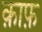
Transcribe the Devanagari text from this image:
क़ाफ़